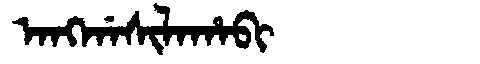
Manchu: ᠠᠩᡤᠠᠰᡳᠯᠠᡥᠠᠪᡳ
Romanization: ANGGASILAHABI